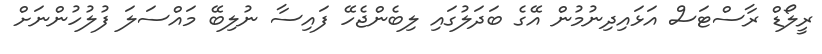
ރީލޯޑް ރާސްޓަސް އަޅައިދިނުމުން އޭގެ ބަދަލުގައި ލިބެންޖެހޭ ފައިސާ ނުލިބޭ މައްސަލަ ފުލުހުންނަށް